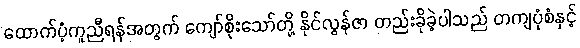
ထောက်ပံ့ကူညီရန်အတွက် ကျော်စိုးသော်တို့ နိုင်လွန်ဇာ တည်းခိုခဲ့ပါသည် တကျပုံစံနှင့်